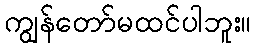
ကျွန်တော်မထင်ပါဘူး။